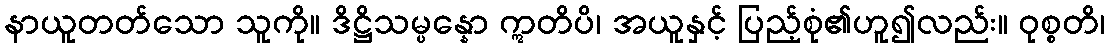
နာယူတတ်သော သူကို။ ဒိဋ္ဌိသမ္ပန္နော ဣတိပိ၊ အယူနှင့် ပြည့်စုံ၏ဟူ၍လည်း။ ဝုစ္စတိ၊